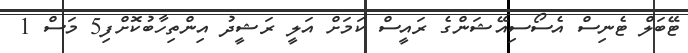
ޓޭބަލް ޓެނިސް އެސޯސިއޭޝަންގެ ރައީސް ކަމަށް އަލީ ރަޝީދު އިންތިހާބުކޮށްފި5 މަސް 1